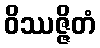
ဝိဿဇ္ဇိတံ